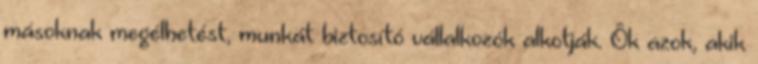
másoknak megélhetést, munkát biztosító vállalkozók alkotják. Ôk azok, akik